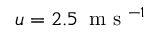
u = 2 . 5 \, \mathrm { ~ m ~ s ~ } ^ { - 1 }